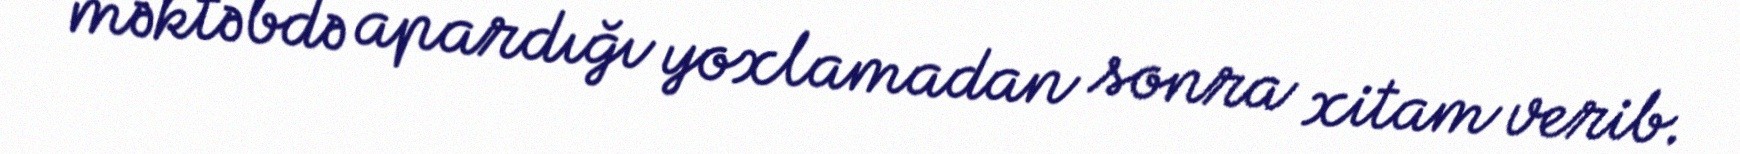
məktəbdə apardığı yoxlamadan sonra xitam verib.